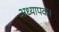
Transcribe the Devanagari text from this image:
अध्यापक।